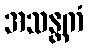
အသန္တကံ